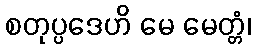
စတုပ္ပဒေဟိ မေ မေတ္တံ၊